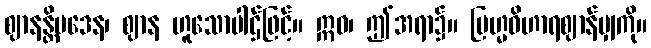
ဈာနန္တိပဒေန၊ ဈာန ဟူသောပါဌ်ဖြင့်။ ဣဓ၊ ဤအရာ၌။ ဗြဟ္မဝိဟာရဈာန်မျှကို။